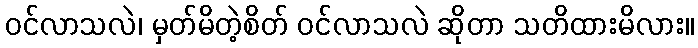
ဝင်လာသလဲ၊ မှတ်မိတဲ့စိတ် ဝင်လာသလဲ ဆိုတာ သတိထားမိလား။